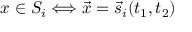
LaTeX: x \in S _ { i } \Longleftrightarrow \vec { x } = \vec { s } _ { i } ( t _ { 1 } , t _ { 2 } )